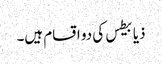
ذیابیطس کی دو اقسام ہیں۔